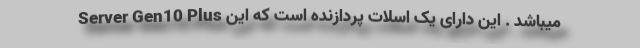
Server Gen10 Plus میباشد . این دارای یک اسلات پردازنده است که این